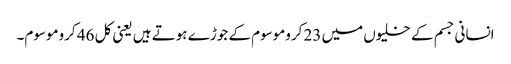
انسانی جسم کے خلیوں میں 23 کروموسوم کے جوڑے ہوتے ہیں یعنی کل 46 کروموسوم۔